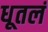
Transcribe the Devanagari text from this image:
धूतलं